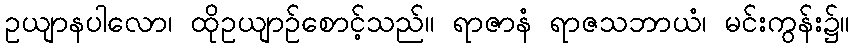
ဥယျာနပါလော၊ ထိုဥယျာဉ်စောင့်သည်။ ရာဇာနံ ရာဇသဘာယံ၊ မင်းကွန်း၌။